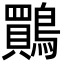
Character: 鷶